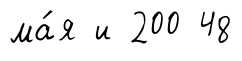
ма́я и 200 48